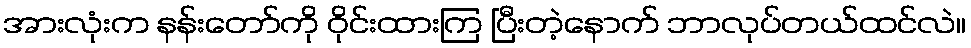
အားလုံးက နန်းတော်ကို ဝိုင်းထားကြ ပြီးတဲ့နောက် ဘာလုပ်တယ်ထင်လဲ။